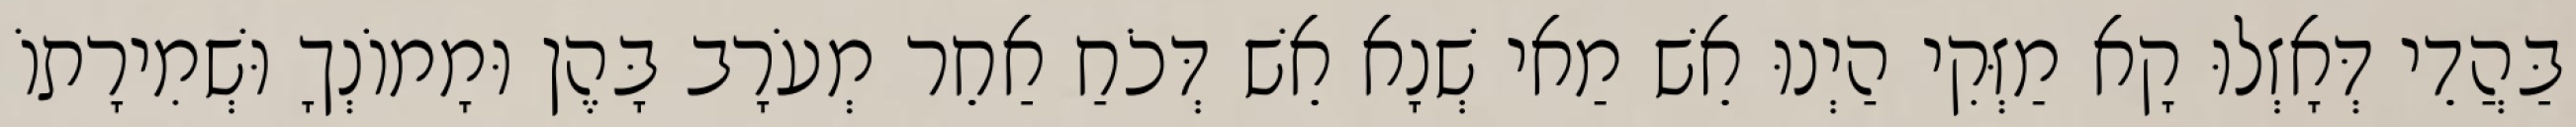
בַּהֲדֵי דְּאָזְלוּ קָא מַזְּקִי הַיְנוּ אֵשׁ מַאי שְׁנָא אֵשׁ דְּכֹחַ אַחֵר מְעֹרָב בָּהֶן וּמָמוֹנְךָ וּשְׁמִירָתוֹ